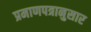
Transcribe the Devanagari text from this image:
प्रमाणपत्रानुसार